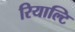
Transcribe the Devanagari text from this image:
रियाल्टि